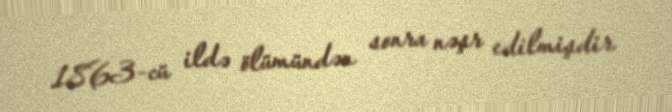
1863-cü ildə ölümündən sonra nəşr edilmişdir.